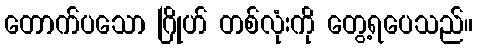
တောက်ပသော ဂြိုဟ် တစ်လုံးကို တွေ့ရပေသည်။